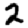
Digit: 2